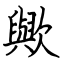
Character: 歟